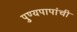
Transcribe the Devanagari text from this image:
पुण्यपापांची